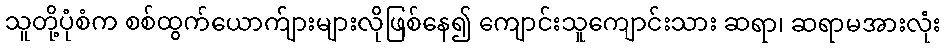
သူတို့ပုံစံက စစ်ထွက်ယောက်ျားများလိုဖြစ်နေ၍ ကျောင်းသူကျောင်းသား ဆရာ၊ ဆရာမအားလုံး